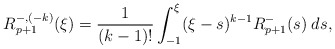
\begin{align*}R^{-,(-k)}_{p+1}(\xi) = \frac{1}{(k-1)!}\int_{-1}^\xi (\xi-s)^{k-1} R^{-}_{p+1}(s)\; ds,\end{align*}